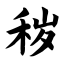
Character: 秽